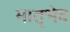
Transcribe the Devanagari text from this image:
मातृभेद